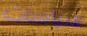
سياسات